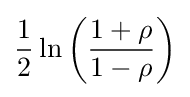
{1 \over 2}\ln \left({{1+\rho } \over {1-\rho }}\right)